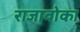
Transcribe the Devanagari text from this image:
राजावोका